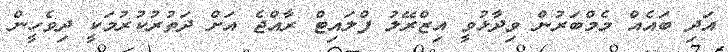
އަދި ބައެއް މެމްބަރުން ވިދާޅުވީ އިޒްރޭލު ފްލައިޓް ރާއްޖެ އަށް ދަތުރުކުރުމަކީ ދިވެހީން